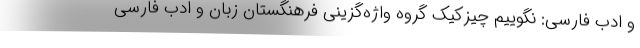
و ادب فارسی: نگوییم چیزکیک گروه واژه‌گزینی فرهنگستان زبان و ادب فارسی